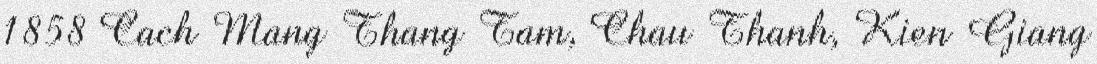
1858 Cach Mang Thang Tam, Chau Thanh, Kien Giang